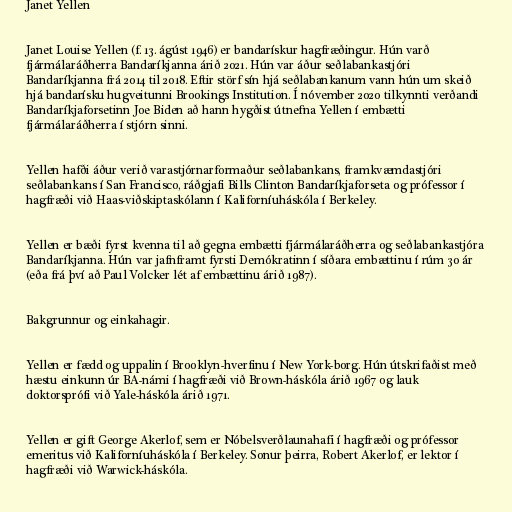
Janet Yellen

Janet Louise Yellen (f. 13. ágúst 1946) er bandarískur hagfræðingur. Hún varð
fjármálaráðherra Bandaríkjanna árið 2021. Hún var áður seðlabankastjóri
Bandaríkjanna frá 2014 til 2018. Eftir störf sín hjá seðlabankanum vann hún um skeið
hjá bandarísku hugveitunni Brookings Institution. Í nóvember 2020 tilkynnti verðandi
Bandaríkjaforsetinn Joe Biden að hann hygðist útnefna Yellen í embætti
fjármálaráðherra í stjórn sinni.

Yellen hafði áður verið varastjórnarformaður seðlabankans, framkvæmdastjóri
seðlabankans í San Francisco, ráðgjafi Bills Clinton Bandaríkjaforseta og prófessor í
hagfræði við Haas-viðskiptaskólann í Kaliforníuháskóla í Berkeley.

Yellen er bæði fyrst kvenna til að gegna embætti fjármálaráðherra og seðlabankastjóra
Bandaríkjanna. Hún var jafnframt fyrsti Demókratinn í síðara embættinu í rúm 30 ár
(eða frá því að Paul Volcker lét af embættinu árið 1987).

Bakgrunnur og einkahagir.

Yellen er fædd og uppalin í Brooklyn-hverfinu í New York-borg. Hún útskrifaðist með
hæstu einkunn úr BA-námi í hagfræði við Brown-háskóla árið 1967 og lauk
doktorsprófi við Yale-háskóla árið 1971.

Yellen er gift George Akerlof, sem er Nóbelsverðlaunahafi í hagfræði og prófessor
emeritus við Kaliforníuháskóla í Berkeley. Sonur þeirra, Robert Akerlof, er lektor í
hagfræði við Warwick-háskóla.